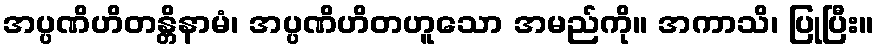
အပ္ပဏိဟိတန္တိနာမံ၊ အပ္ပဏိဟိတဟူသော အမည်ကို။ အကာသိ၊ ပြုပြီး။